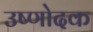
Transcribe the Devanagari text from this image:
उष्णोदक